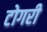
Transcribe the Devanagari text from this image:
टोगरी